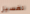
لغسيل